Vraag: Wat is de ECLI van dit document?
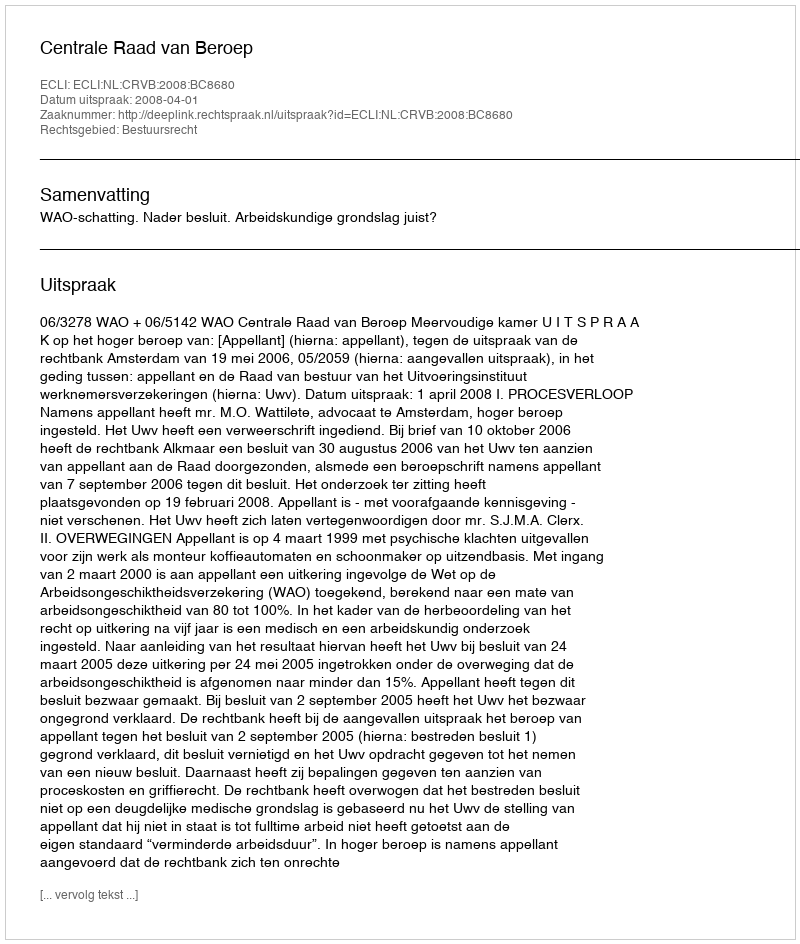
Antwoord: ECLI:NL:CRVB:2008:BC8680